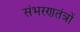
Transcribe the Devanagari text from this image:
संभरणतंत्रों